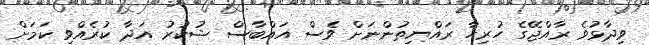
ވިދާޅުވެ ރާއްޖޭގެ ހުރިހާ ރައްޔިތުންނަށް ވެސް އައްބާސް ޝުކުރު އަދާ ކުރެއްވި ކަމަށް